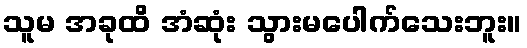
သူမ အခုထိ အံဆုံး သွားမပေါက်သေးဘူး။